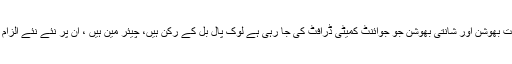
پرشانت بھوشن اور شانتی بھوشن جو جوائنٹ کمیٹی ڈرافٹ کی جا رہی ہے لوک پال بل کے رکن ہیں، چیئر مین ہیں ، ان پر نئے نئے الزام لگے۔